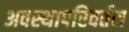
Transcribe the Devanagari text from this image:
अवस्थापरिवर्तन